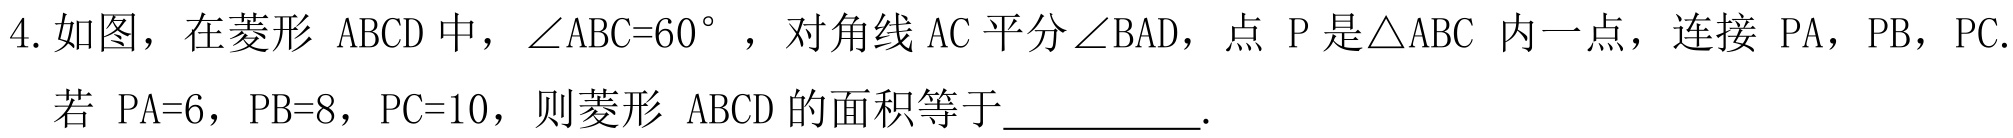
4. 如图，在菱形 \(ABCD\) 中，\(\angle ABC = 60^{\circ}\)，对角线 \(AC\) 平分\(\angle BAD\)，点 \(P\) 是\(\triangle ABC\) 内一点，连接 \(PA\)，\(PB\)，\(PC\). 若 \(PA = 6\)，\(PB = 8\)，\(PC = 10\)，则菱形 \(ABCD\) 的面积等于__________.